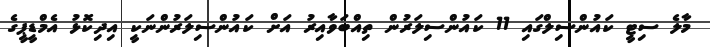
މާލެ ސިޓީ ކައުންސިލްގައި 11 ކައުންސިލަރުން ތިއްބަވާއިރު އަށް ކައުންސިލަރުންނަކީ އިދިކޮޅު އެމްޑީޕީގެ